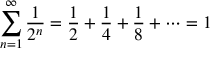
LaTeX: \sum _ { n = 1 } ^ { \infty } { \frac { 1 } { 2 ^ { n } } } = { \frac { 1 } { 2 } } + { \frac { 1 } { 4 } } + { \frac { 1 } { 8 } } + \cdots = 1